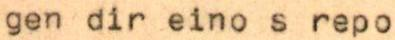
gen dir eino s repo